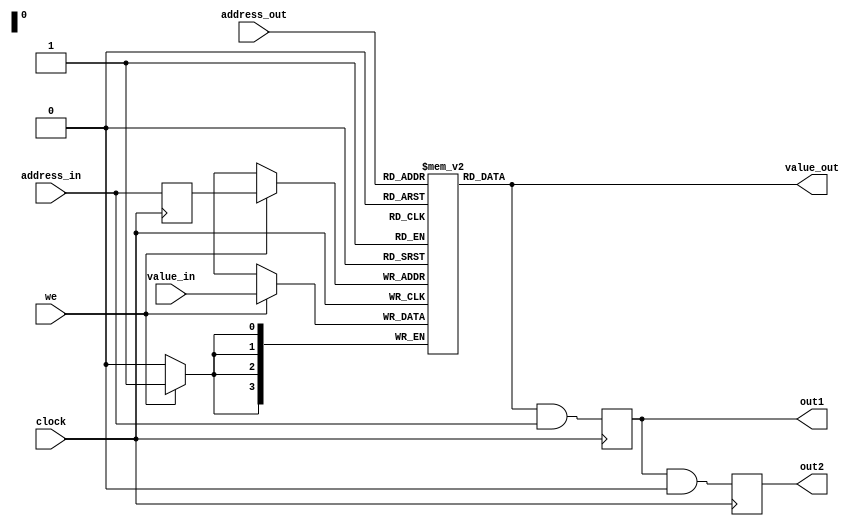
// DEFINES
`define BITS 4
`define MEMORY_WORDS 16

module 	bm_base_memory(clock, 
		we, 
		address_in,
		address_out,
		value_out,
		out1,
		out2,
		value_in
		);

// SIGNAL DECLARATIONS
input	clock;
input 	we;
input 	[`BITS-1:0]value_in;
input 	[`BITS-1:0]address_in;
input 	[`BITS-1:0]address_out;

output [`BITS-1:0] value_out;
wire [`BITS-1:0]   value_out;
output [`BITS-1:0] out1;
output [`BITS-1:0] out2;
reg [`BITS-1:0]    out1;
reg [`BITS-1:0]    out2;

reg [`BITS-1:0] address;
reg [`BITS-1:0] memory [`MEMORY_WORDS-1:0]; // 4 memory slots of Bits wide
wire [`BITS-1:0] temp;

always @(posedge clock)
begin
	address <= address_in;
	if (we == 1'b1)
		memory[address] <= value_in;
end

assign value_out = memory[address_out];

always @(posedge clock)
begin
	out1 <= value_out & address_in;
	out2 <= out1 & 1'b0;
end

endmodule